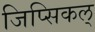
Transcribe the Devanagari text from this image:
जिप्सिकल्